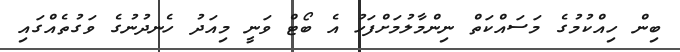
ބިން ހިއްކުމުގެ މަސައްކަތް ނިންމާލުމަށްފަހު އެ ބޯޓް ވަނީ މިއަދު ހެނދުނުގެ ވަގުތެއްގައި